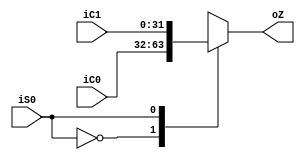
`timescale 1ns / 1ps
//////////////////////////////////////////////////////////////////////////////////
// Company: 
// Engineer: 
// 
// Design Name: 
// Module Name: selector41
// Project Name: 
// Target Devices: 
// Tool Versions: 
// Description: 
// 
// Dependencies: 
// 
// Revision:
// Revision 0.01 - File Created
// Additional Comments:
// 
//////////////////////////////////////////////////////////////////////////////////


module selector21(iC0,iC1,iS0,oZ);
    input [31:0] iC0;
    input [31:0] iC1;
    input iS0;
    output [31:0]oZ;
    reg [31:0]oZ;
    always@(iC0 or iC1 or iS0)
    begin
    case(iS0)
    	0:oZ=iC0;
    	1:oZ=iC1;
    endcase
    end
endmodule